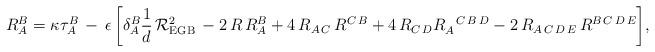
LaTeX: \begin{align*}R_{A}^{B} = \kappa \tau_{A}^{B}\, - \,\epsilon \,\biggl[ \delta_{A}^{B} \frac{1}{d} \, {\cal R}^2_{\rm EGB}\, - 2 \, R\, R_{A}^{B} + 4\, R_{A\,C} \, R^{C\,B} + 4 \, R_{C\, D}R_{ A}^{~~C\,B\, D} - 2\, R_{A\,C\,D\,E} \, R^{B\,C\,D\,E} \biggr],\end{align*}